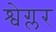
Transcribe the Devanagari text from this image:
श्वेग्लर